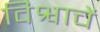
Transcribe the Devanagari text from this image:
विश्वाचें